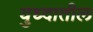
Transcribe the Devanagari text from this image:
युध्दातील